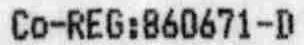
CO-REG:860671-D